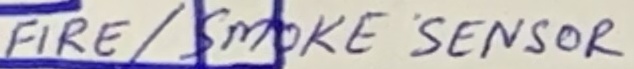
Text: FIRE/SMOKE SENSOR